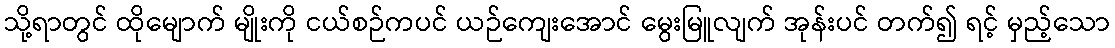
သို့ရာတွင် ထိုမျောက် မျိုးကို ငယ်စဉ်ကပင် ယဉ်ကျေးအောင် မွေးမြူလျက် အုန်းပင် တက်၍ ရင့် မှည့်သော